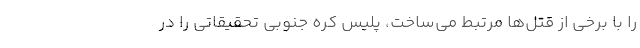
را با برخی از قتل‌ها مرتبط می‌ساخت، پلیس کره جنوبی تحقیقاتی را در